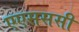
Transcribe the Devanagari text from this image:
एएसससी